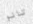
تانو